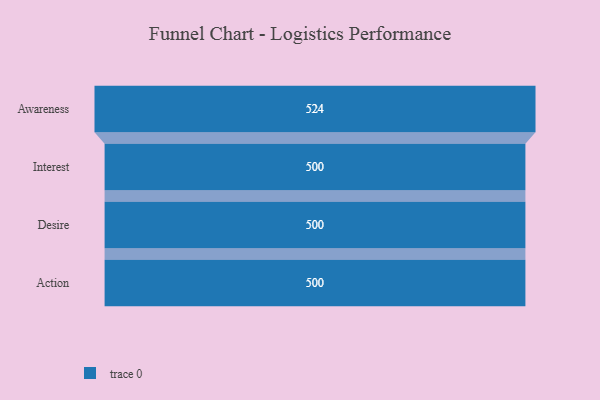
{"axis": {"x": "Stage", "y": "Value"}, "legend": [""], "data": [{"x": "Awareness", "y": 524.0, "type": ""}, {"x": "Interest", "y": 500, "type": ""}, {"x": "Desire", "y": 500, "type": ""}, {"x": "Action", "y": 500, "type": ""}]}